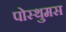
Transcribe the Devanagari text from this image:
पोस्थुमस